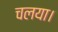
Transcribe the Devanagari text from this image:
चलया।